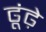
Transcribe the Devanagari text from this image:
ढूंढ़े